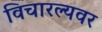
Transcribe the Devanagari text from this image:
विचारल्यवर